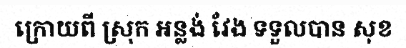
ក្រោយពី ស្រុក អន្លង់ វែង ទទួលបាន សុខ